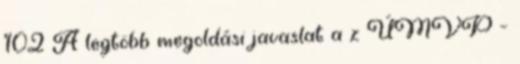
102 A legtöbb megoldási javaslat a z ÚMVP -